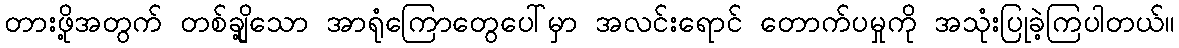
တားဖို့အတွက် တစ်ချို့သော အာရုံကြောတွေပေါ်မှာ အလင်းရောင် တောက်ပမှုကို အသုံးပြုခဲ့ကြပါတယ်။